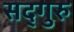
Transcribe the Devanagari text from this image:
सद्‍गुरु